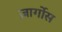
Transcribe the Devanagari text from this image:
ज़ार्गोस